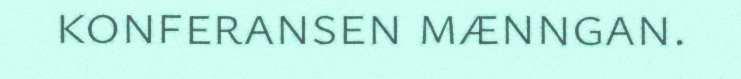
konferansen mænngan.